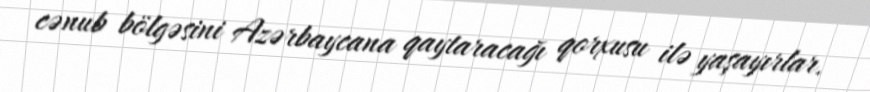
cənub bölgəsini Azərbaycana qaytaracağı qorxusu ilə yaşayırlar.